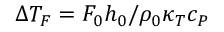
\Delta T _ { F } = F _ { 0 } h _ { 0 } / \rho _ { 0 } \kappa _ { T } c _ { P }